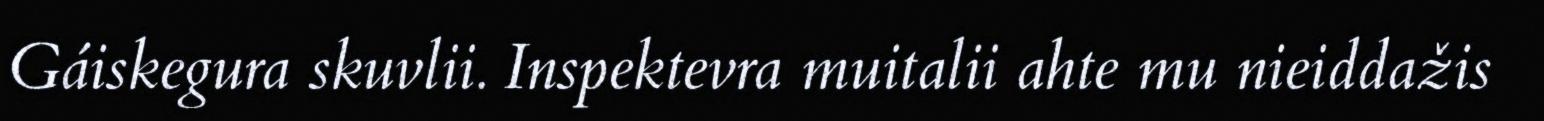
Gáiskegura skuvlii. Inspektevra muitalii ahte mu nieiddažis